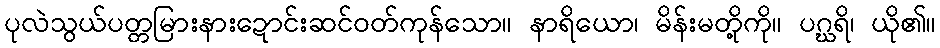
ပုလဲသွယ်ပတ္တမြားနားဍောင်းဆင်ဝတ်ကုန်သော။ နာရိယော၊ မိန်းမတို့ကို။ ပဂ္ဃရိ၊ ယို၏။